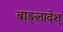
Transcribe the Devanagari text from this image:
बाङ्लादेश्